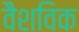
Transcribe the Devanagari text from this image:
वैशविक